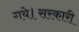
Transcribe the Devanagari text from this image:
गये।सरकारी